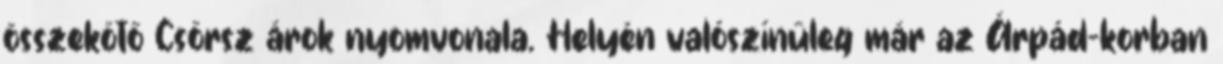
összekötő Csörsz árok nyomvonala. Helyén valószínűleg már az Árpád-korban